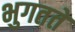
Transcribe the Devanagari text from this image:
भुगतते